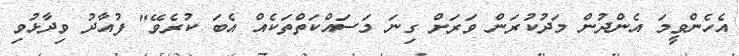
އެހެންވީމަ އެންދުން މަދުކުރަން ވަރަށް ގިނަ މަސައްކަތްތަކެއް އެބަ ކުރެވޭ" ފުއާދު ވިދާޅުވި